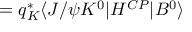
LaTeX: = q _ { K } ^ { \ast } \langle J / \psi K ^ { 0 } | H ^ { C P } | B ^ { 0 } \rangle